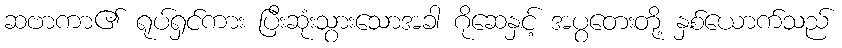
ဆဗာကာ၏ ရုပ်ရှင်ကား ပြီးဆုံးသွားသောအခါ ဂိုဆေနှင့် အပွတေးတို့ နှစ်ယောက်သည်